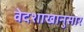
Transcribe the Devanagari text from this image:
वेदशाखानुसार